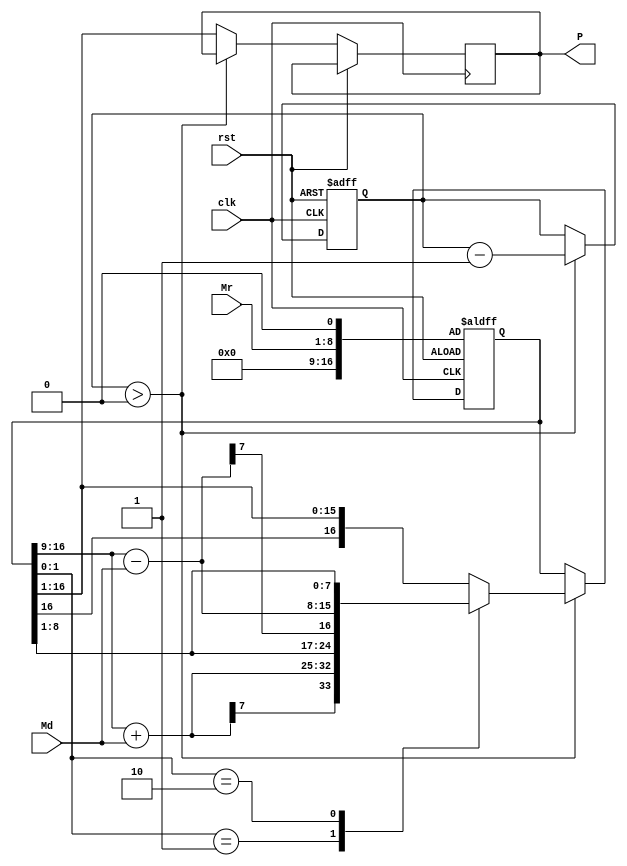
`timescale 1ns / 1ps
//////////////////////////////////////////////////////////////////////////////////
// Company: 
// Engineer: 
// 
// Design Name: 
// Module Name:    BM_8bit 
// Project Name: 
// Target Devices: 
// Tool versions: 
// Description: 
//
// Dependencies: 
//
// Revision: 
// Revision 0.01 - File Created
// Additional Comments: 
//
//////////////////////////////////////////////////////////////////////////////////
module BM_8bit(P,Md,Mr,clk,rst);

output reg [15:0] P;
input [7:0]Md;
input [7:0]Mr;
input clk,rst;

reg [3:0]Count;
reg [16:0]temp;
reg [7:0]A;

always @ (posedge clk or posedge rst)
begin //begin always
   if (rst)
	    begin //begin if
         A=8'b00000000;
			Count=4'b1000;
         temp={A,Mr,1'b0};
        end //end if
	else
	    begin //begin else
		  if (Count>0)
		   begin
         case (temp[1:0])
          //begin //begin case
           2'b01:
             begin //begin 1
             A = temp[16:9] + Md;
				 temp = {A[7],A,temp[8:1]};
				 Count=Count-1;
				 end //end 1
			   2'b10:
				  begin //begin 2
				  A = temp[16:9] - Md;
				  temp = {A[7],A,temp[8:1]};
				  Count=Count-1;
				  end //end 2
				default:
				   begin //begin default
					A=temp[16:9];
					temp = {A[7],A,temp[8:1]};
				   Count=Count-1;
			      end //end default
		      endcase //end case
			  end
			  else
			   begin
	           P = temp[16:1];
				end
          end //end else
end //end always			 
endmodule